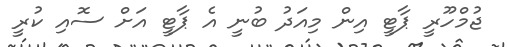
ޖުމްހޫރީ ޕާޓީ އިން މިއަދު ބުނީ އެ ޕާޓީ އަށް ސޮއި ކުރީ